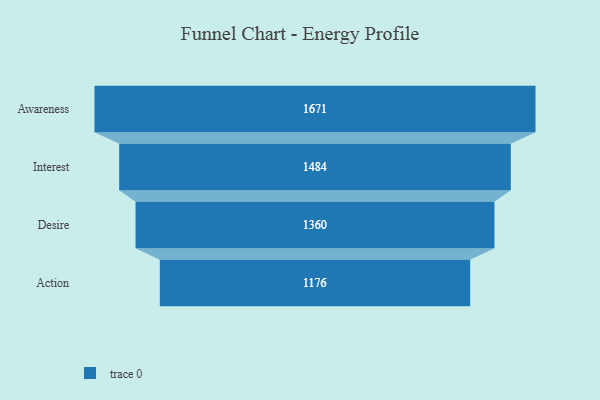
{"axis": {"x": "Stage", "y": "Value"}, "legend": [""], "data": [{"x": "Awareness", "y": 1671.0, "type": ""}, {"x": "Interest", "y": 1484.0, "type": ""}, {"x": "Desire", "y": 1360.0, "type": ""}, {"x": "Action", "y": 1176.0, "type": ""}]}